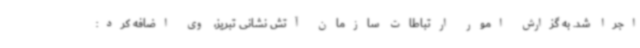
اجرا شد. به گزارش امور ارتباطات سازمان آتش نشانی تبریز، وی اضافه کرد: